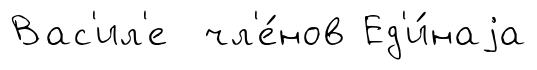
Вас'ил'е чл'е́нов Ед'и́наjа